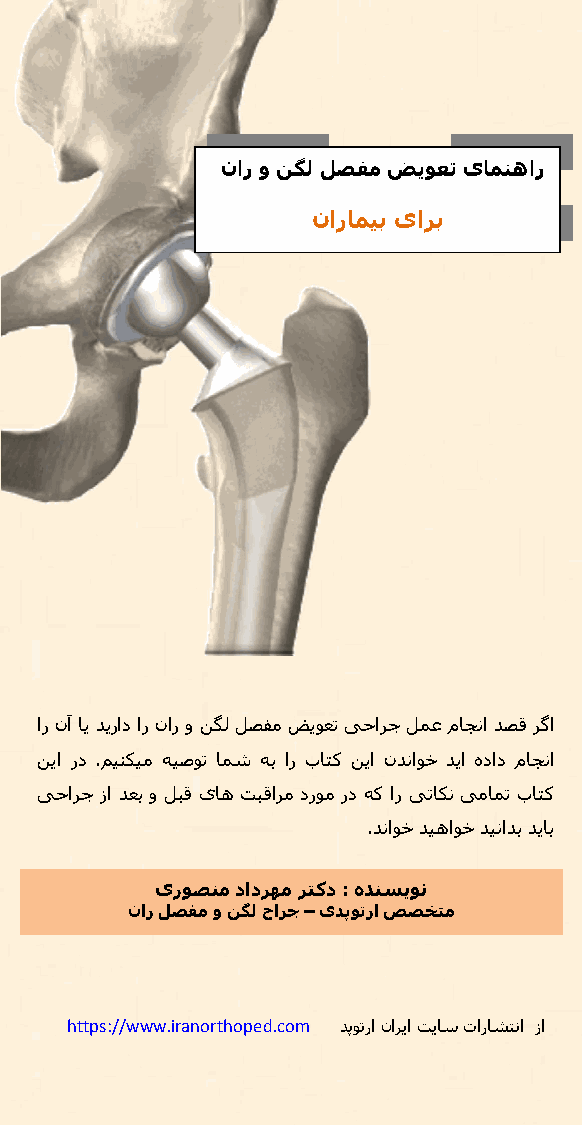
نار و ﻦﮕﻟ ﻞﺼﻔﻣ ﺾﯾﻮﻌﺗ یﺎﻤﻨھا ر
 نارﺎﻤﯿﺑ یاﺮﺑ
 ار نآ ﺎﯾ ﺪﯾراد ار نار و ﻦﮕﻟ ﻞﺼﻔﻣ ﺾﯾﻮﻌﺗ ﯽﺣاﺮﺟ ﻞﻤﻋ مﺎﺠﻧا ﺪﺼﻗ ﺮﮔا
 ﻦﯾا رد .ﻢﯿﻨﮑﯿﻣ ﻪﯿﺻﻮﺗ ﺎﻤﺷ ﻪﺑ ار بﺎﺘﮐ ﻦﯾا نﺪﻧاﻮﺧ ﺪﯾا هداد مﺎﺠﻧا
 ﯽﺣاﺮﺟ زا ﺪﻌﺑ و ﻞﺒﻗ یﺎھ ﺖﺒﻗاﺮﻣ درﻮﻣ رد ﻪﮐ ار ﯽﺗﺎﮑﻧ ﯽﻣﺎﻤﺗ بﺎﺘﮐ
 .ﺪﻧاﻮﺧ ﺪﯿھاﻮﺧ ﺪﯿﻧاﺪﺑ ﺪﯾﺎﺑ
 یرﻮﺼﻨﻣ دادﺮﮫﻣ ﺮﺘﮐد : هﺪﻨﺴﯾﻮﻧ
 نار ﻞﺼﻔﻣ و ﻦﮕﻟ حاﺮﺟ – یﺪﭘﻮﺗرا ﺺﺼﺨﺘﻣ
 https://www.iranorthoped.com ﺪﭘﻮﺗرا ناﺮﯾا ﺖﯾﺎﺳ تارﺎﺸﺘﻧا زا